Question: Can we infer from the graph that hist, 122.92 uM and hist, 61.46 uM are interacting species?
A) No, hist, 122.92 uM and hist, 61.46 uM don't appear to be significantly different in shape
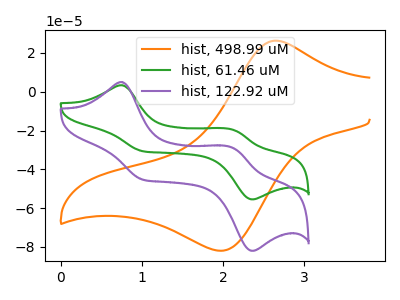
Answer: <think>The orange curve "hist, 498.99 uM" has an anodic peak at (2.65V, 26.35uA) and a cathodic peak at (2.00V, -81.95uA). The green curve "hist, 61.46 uM" has anodic peaks at (0.75V, 3.35uA) (2.10V, -19.55uA) and cathodic peaks at (1.00V, -30.65uA) (2.35V, -55.50uA). The purple curve "hist, 122.92 uM" has anodic peaks at (0.75V, 4.95uA) (2.10V, -28.90uA) and cathodic peaks at (1.00V, -45.30uA) (2.35V, -82.00uA).
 All the peaks in "hist, 122.92 uM" have a peak in "hist, 61.46 uM" at the same potential.</think>
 <answer>A) No, "hist, 122.92 uM" and "hist, 61.46 uM" don't appear to be significantly different in shape</answer>
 <eval>A</eval>